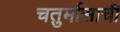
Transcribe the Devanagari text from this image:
चतुर्मासाची